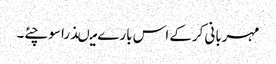
مہربانی کرکے اس بارے میںذرا سوچئے۔